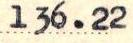
136.22